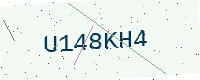
Text: U148KH4